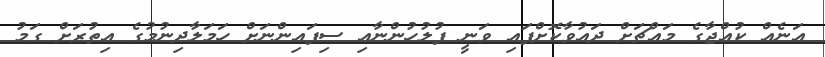
އަނެއް ކުއްޖާގެ މައްޗަށް ދައުވާކޮށްފައި ވަނީ ފުލުހުންނާއި ސިފައިންނަށް ހަމަލާދިނުމުގެ އިތުރަށް ގަމު